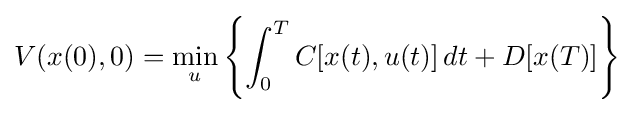
V(x(0),0)=\min _{u}\left\{\int _{0}^{T}C[x(t),u(t)]\,dt+D[x(T)]\right\}